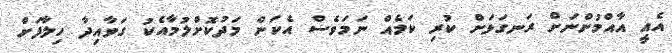
އެއީ އާއްމުންނަށް ރަނގަޅަށް ކުރި ކަމެއް ނަމަވެސް އެކަން މަދުކޮށްލުމާއެކު ގަވާއިދާ ހިލާފަށް